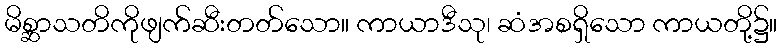
မိစ္ဆာသတိကိုဖျက်ဆီးတတ်သော။ ကာယာဒီသု၊ ဆံအစရှိသော ကာယတို့၌။